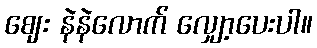
ဈေး နဲနဲလောက် လျှော့ပေးပါ။